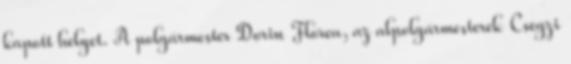
kapott helyet. A polgármester Dorin Florea, az alpolgármesterek Csegzi